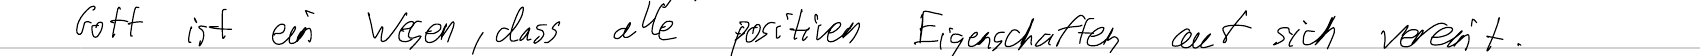
Gott ist ein Wesen, dass alle positiven Eigenschaften auf sich vereint.